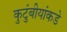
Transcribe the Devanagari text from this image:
कुटुंबीयांकडे